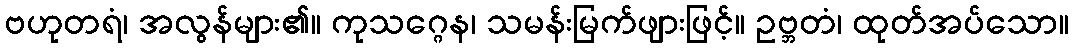
ဗဟုတရံ၊ အလွန်များ၏။ ကုသဂ္ဂေန၊ သမန်းမြက်ဖျားဖြင့်။ ဥဗ္ဘတံ၊ ထုတ်အပ်သော။